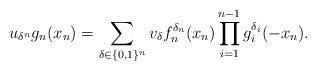
LaTeX: \begin{align*}u_{\delta^{n}}g_{n}(x_{n})=\sum_{\delta\in\{0,1\}^{n}}v_{\delta}f_{n}^{\delta_{n}}(x_{n})\prod_{i=1}^{n-1}g_{i}^{\delta_{i}}(-x_{n}).\end{align*}